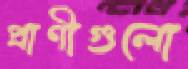
প্রাণীগুলো